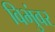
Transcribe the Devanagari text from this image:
विभुंवर